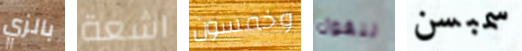
بالزي اشعة وخمسون لنقول سمبسن